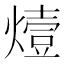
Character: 𤏈